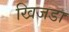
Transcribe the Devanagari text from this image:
खिजडा